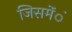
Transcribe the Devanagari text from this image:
जिसमेंंं